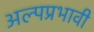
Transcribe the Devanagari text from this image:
अल्पप्रभावी